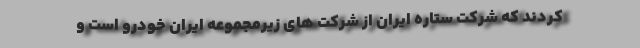
کردند که شرکت ستاره ایران از شرکت های زیرمجموعه ایران خودرو است و